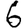
Digit: 6